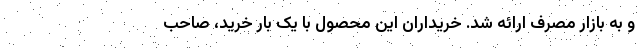
و به بازار مصرف ارائه شد. خریداران این محصول با یک بار خرید، صاحب